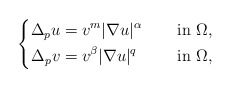
\begin{align*}\left\{\begin{aligned}\Delta_{p} u&=v^{m} |\nabla u|^{\alpha} &&\quad\mbox{ in } \Omega, \\\Delta_{p} v&=v^{\beta}|\nabla u|^q &&\quad\mbox{ in } \Omega,\end{aligned}\right.\end{align*}